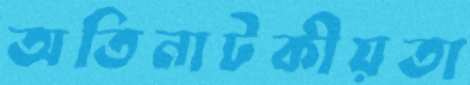
অতিনাটকীয়তা